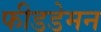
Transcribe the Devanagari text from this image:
फीडडेमन